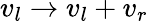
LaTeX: v_{l}\rightarrow v_{l}+v_{r}